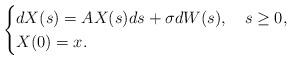
LaTeX: \begin{align*}\begin{cases}dX(s)=AX(s) ds+ \sigma dW(s), \ \ \ s\geq 0,\\X(0)=x.\end{cases}\end{align*}